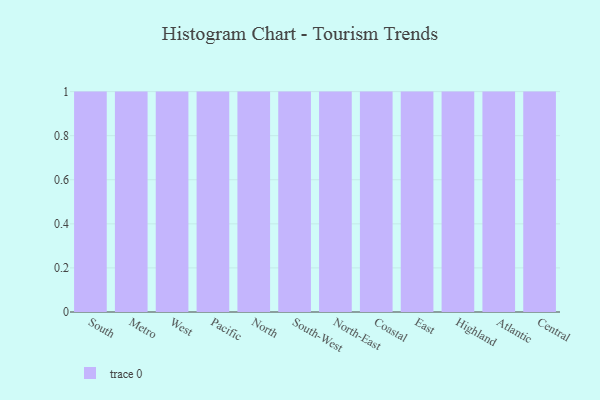
{"axis": {"x": "Region", "y": "Shipments"}, "legend": [""], "data": [{"x": "South", "y": 68, "type": ""}, {"x": "Metro", "y": 58, "type": ""}, {"x": "West", "y": 38, "type": ""}, {"x": "Pacific", "y": 75, "type": ""}, {"x": "North", "y": 96, "type": ""}, {"x": "South-West", "y": 82, "type": ""}, {"x": "North-East", "y": 52, "type": ""}, {"x": "Coastal", "y": 50, "type": ""}, {"x": "East", "y": 16, "type": ""}, {"x": "Highland", "y": 79, "type": ""}, {"x": "Atlantic", "y": 5, "type": ""}, {"x": "Central", "y": 29, "type": ""}]}